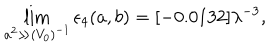
LaTeX: \lim _ { a ^ { 2 } \gg ( V _ { 0 } ) ^ { - 1 } } \epsilon _ { 4 } ( a , b ) = [ - 0 . 0 1 3 2 ] \lambda ^ { - 3 } ,